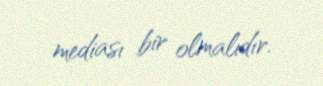
mediası bir olmalıdır.